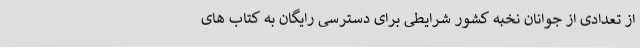
از تعدادی از جوانان نخبه کشور شرایطی برای دسترسی رایگان به کتاب های